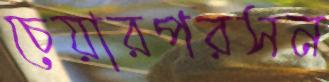
চেয়ারপরসন